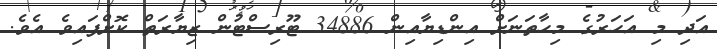
އަދި މި އަހަރުގެ މިހާތަނަށް އިންޑިޔާއިން 34886 ޓޫރިސްޓުން ޒިޔާރަތް ކޮށްފައިވެ އެވެ.